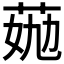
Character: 𦯏